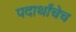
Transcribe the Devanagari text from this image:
पदार्थांचेच